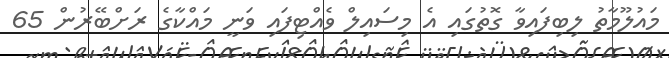
މައުލޫމާތު ލިބިފައިވާ ގޮތުގައި އެ މިސައިލް ވެއްޓިފައި ވަނީ މައްކާގެ ރަށްބޭރުން 65